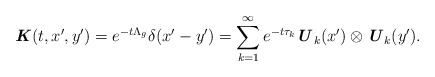
\begin{align*} \textbf{\textit{K}}(t,x^{\prime},y^{\prime}) = e^{-t\Lambda_g} \delta(x^{\prime} - y^{\prime}) = \sum_{k=1}^{\infty} e^{-t\tau_k} \textbf{\textit{U}}_k(x^{\prime}) \otimes \textbf{\textit{U}}_k(y^{\prime}).\end{align*}